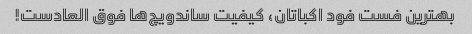
بهترین فست فود اکباتان، کیفیت ساندویچ‌ها فوق العادست!